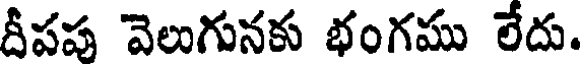
దీపప వెలుగునకు భంగము లేదు.